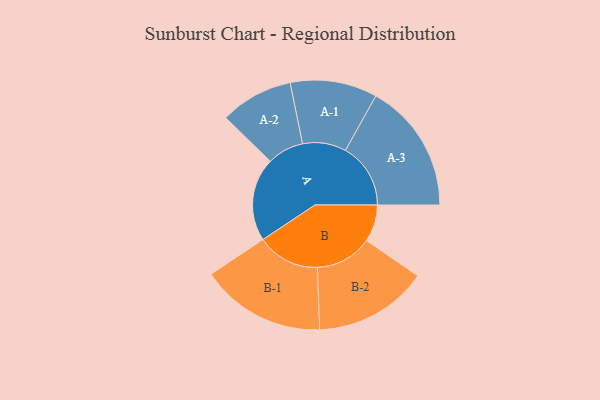
{"axis": {"x": "Segment", "y": "Value"}, "legend": ["", "A", "B"], "data": [{"x": "A", "y": 370, "type": ""}, {"x": "B", "y": 164, "type": ""}, {"x": "A-1", "y": 193, "type": "A"}, {"x": "A-2", "y": 162, "type": "A"}, {"x": "A-3", "y": 289, "type": "A"}, {"x": "B-1", "y": 278, "type": "B"}, {"x": "B-2", "y": 253, "type": "B"}]}